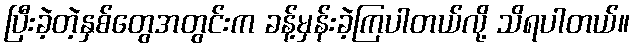
ပြီးခဲ့တဲ့နှစ်တွေအတွင်းက ခန့်မှန်းခဲ့ကြပါတယ်လို့ သိရပါတယ်။